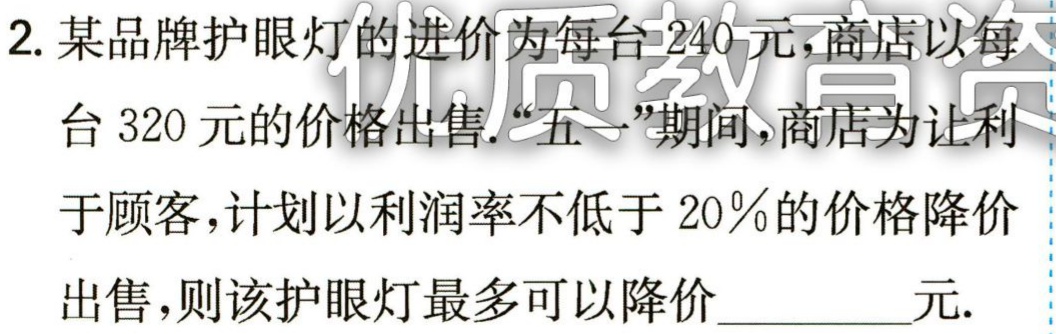
2. 某品牌护眼灯的进价为每台240元,商店以每

台320元的价格出售.“五一”期间,商店为让利

于顾客,计划以利润率不低于20%的价格降价

出售,则该护眼灯最多可以降价________元.